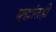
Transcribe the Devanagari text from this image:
युद्धांतही